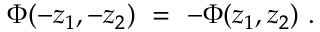
\Phi ( - z _ { 1 } , - z _ { 2 } ) ~ = ~ - \Phi ( z _ { 1 } , z _ { 2 } ) ~ .